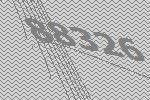
88326